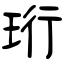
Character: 珩